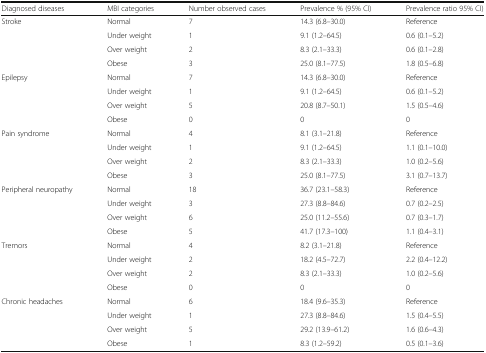
<table><thead><tr><td><b>Diagnosed diseases</b></td><td><b>MBI categories</b></td><td><b>Number observed cases</b></td><td><b>Prevalence % (95% CI)</b></td><td><b>Prevalence ratio 95% CI)</b></td></tr></thead><tbody><tr><td rowspan="4">Stroke</td><td>Normal</td><td>7</td><td>14.3 (6.8–30.0)</td><td>Reference</td></tr><tr><td>Under weight</td><td>1</td><td>9.1 (1.2–64.5)</td><td>0.6 (0.1–5.2)</td></tr><tr><td>Over weight</td><td>2</td><td>8.3 (2.1–33.3)</td><td>0.6 (0.1–2.8)</td></tr><tr><td>Obese</td><td>3</td><td>25.0 (8.1–77.5)</td><td>1.8 (0.5–6.8)</td></tr><tr><td rowspan="4">Epilepsy</td><td>Normal</td><td>7</td><td>14.3 (6.8–30.0)</td><td>Reference</td></tr><tr><td>Under weight</td><td>1</td><td>9.1 (1.2–64.5)</td><td>0.6 (0.1–5.2)</td></tr><tr><td>Over weight</td><td>5</td><td>20.8 (8.7–50.1)</td><td>1.5 (0.5–4.6)</td></tr><tr><td>Obese</td><td>0</td><td>0</td><td>0</td></tr><tr><td rowspan="4">Pain syndrome</td><td>Normal</td><td>4</td><td>8.1 (3.1–21.8)</td><td>Reference</td></tr><tr><td>Under weight</td><td>1</td><td>9.1 (1.2–64.5)</td><td>1.1 (0.1–10.0)</td></tr><tr><td>Over weight</td><td>2</td><td>8.3 (2.1–33.3)</td><td>1.0 (0.2–5.6)</td></tr><tr><td>Obese</td><td>3</td><td>25.0 (8.1–77.5)</td><td>3.1 (0.7–13.7)</td></tr><tr><td rowspan="4">Peripheral neuropathy</td><td>Normal</td><td>18</td><td>36.7 (23.1–58.3)</td><td>Reference</td></tr><tr><td>Under weight</td><td>3</td><td>27.3 (8.8–84.6)</td><td>0.7 (0.2–2.5)</td></tr><tr><td>Over weight</td><td>6</td><td>25.0 (11.2–55.6)</td><td>0.7 (0.3–1.7)</td></tr><tr><td>Obese</td><td>5</td><td>41.7 (17.3–100)</td><td>1.1 (0.4–3.1)</td></tr><tr><td rowspan="4">Tremors</td><td>Normal</td><td>4</td><td>8.2 (3.1–21.8)</td><td>Reference</td></tr><tr><td>Under weight</td><td>2</td><td>18.2 (4.5–72.7)</td><td>2.2 (0.4–12.2)</td></tr><tr><td>Over weight</td><td>2</td><td>8.3 (2.1–33.3)</td><td>1.0 (0.2–5.6)</td></tr><tr><td>Obese</td><td>0</td><td>0</td><td>0</td></tr><tr><td rowspan="4">Chronic headaches</td><td>Normal</td><td>6</td><td>18.4 (9.6–35.3)</td><td>Reference</td></tr><tr><td>Under weight</td><td>1</td><td>27.3 (8.8–84.6)</td><td>1.5 (0.4–5.5)</td></tr><tr><td>Over weight</td><td>5</td><td>29.2 (13.9–61.2)</td><td>1.6 (0.6–4.3)</td></tr><tr><td>Obese</td><td>1</td><td>8.3 (1.2–59.2)</td><td>0.5 (0.1–3.6)</td></tr></tbody></table>